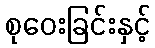
စုဝေးခြင်းနှင့်